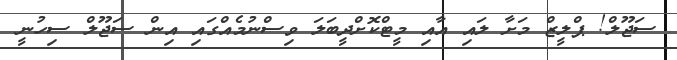
ސަޖޫލް! ޕްލީޒް މަށާ ލައި އާއި މީޓްކޮށްދީބަލަ ވިސްނުމެއްގައި އިން ސަޖޫލް ސިހުނީ